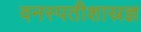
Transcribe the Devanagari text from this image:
वनस्पतीशास्रज्ञ